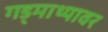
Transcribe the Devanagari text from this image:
गड्माथ्यावर